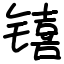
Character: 𬭳